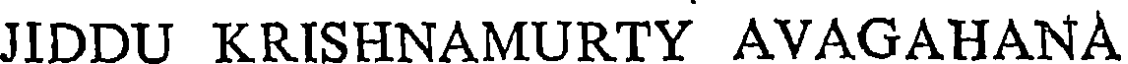
JIDDU KRISHNAMURTY AVAGAHANA